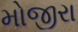
મોજીરા